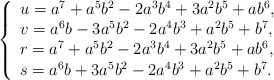
\begin{align*} \left\{\begin{array}{l} u=a^7+a^5b^2-2a^3b^4+3a^2b^5+ab^6,\\ v= a^6b-3a^5b^2-2a^4b^3+a^2b^5+b^7,\\ r=a^7+a^5b^2-2a^3b^4+3a^2b^5+ab^6,\\ s=a^6b+3a^5b^2-2a^4b^3+a^2b^5+b^7.\end{array}\right. \end{align*}